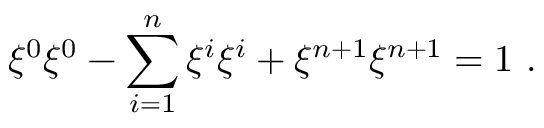
\xi ^ { 0 } \xi ^ { 0 } - \sum _ { i = 1 } ^ { n } \xi ^ { i } \xi ^ { i } + \xi ^ { n + 1 } \xi ^ { n + 1 } = 1 ~ .